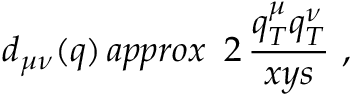
d _ { \mu \nu } ( q ) \, a p p r o x \ \, 2 \, \frac { q _ { T } ^ { \mu } q _ { T } ^ { \nu } } { x y s } \ ,